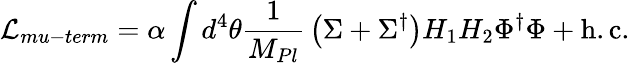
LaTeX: {\cal L}_{mu-term}=\alpha\int d^{4}\theta{\frac{1}{M_{Pl}}}\left(\Sigma+\Sigma^{\dagger}\right)H_{1}H_{2}\Phi^{\dagger}\Phi+\mathrm{h.c.}